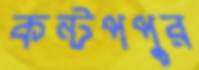
কন্টপপুর